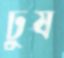
ঢুষ